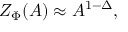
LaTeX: Z _ { \Phi } ( { \cal { A } } ) \approx { \cal { A } } ^ { 1 - \Delta } ,